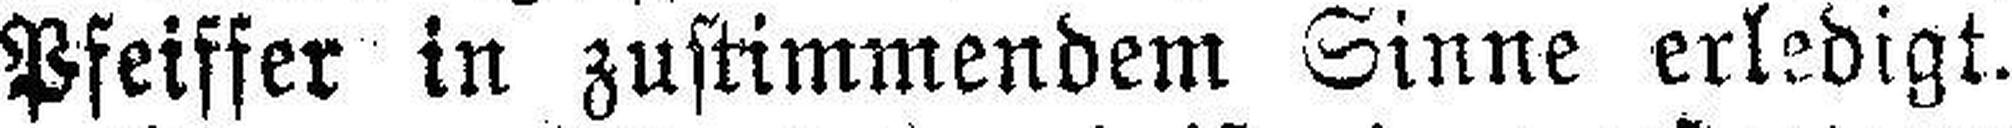
Pfeiffer in zustimmendem Sinne erledigt.